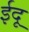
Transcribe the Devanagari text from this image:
ईदू